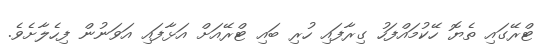
ޓްރޭގައި ތެޔޮ ހޭކުމައްފަހު ގިރާފައި ހުރި ބައި ޓްރޭއަށް އަޅާފައި އަވަނުން ފިހެލާށެވެ.